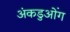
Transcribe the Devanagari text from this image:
अंकडुओंग